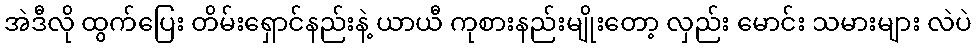
အဲဒီလို ထွက်ပြေး တိမ်းရှောင်နည်းနဲ့ ယာယီ ကုစားနည်းမျိုးတော့ လှည်း မောင်း သမားများ လဲပဲ